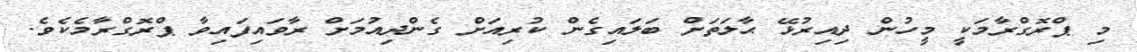
މި ޕްރޮގްރާމަކީ މީހުން ދިއިރުޅޭ ޙާލަތަށް ބަލައިގެން ކުރިއަށް ގެންދިއުމަށް ރާވައިފައިވާ ޕްރޮގްރާމެކެވެ.